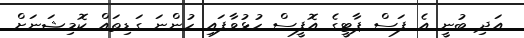
އަދި ބުނީ އެ ފަސް ޕާޓީގެ އޮފީސް ހުޅުވާފައި ހުންނަ ގަޑިތައް ކޮމިޝަނަށް